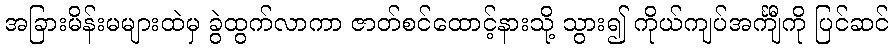
အခြားမိန်းမများထဲမှ ခွဲထွက်လာကာ ဇာတ်စင်ထောင့်နားသို့ သွား၍ ကိုယ်ကျပ်အင်္ကျီကို ပြင်ဆင်